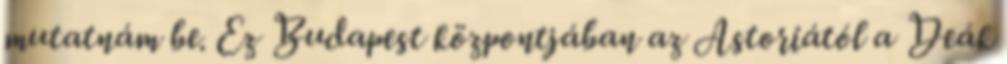
mutatnám be. Ez Budapest központjában az Astoriától a Deák